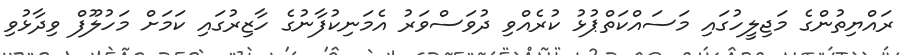
ރައްޔިތުންގެ މަޖިލީހުގައި މަސައްކަތްޕުޅު ކުރެއްވި ދުވަސްވަރު އެމަނިކުފާނުގެ ހާޒިރުގައި ކަމަށް މަހުލޫފް ވިދާޅުވި